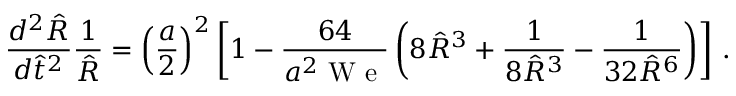
\frac { d ^ { 2 } \hat { R } } { d \hat { t } ^ { 2 } } \frac { 1 } { \hat { R } } = \left( \frac { a } { 2 } \right) ^ { 2 } \left[ 1 - \frac { 6 4 } { a ^ { 2 } \mathrm { ~ W ~ e ~ } } \left( 8 \hat { R } ^ { 3 } + \frac { 1 } { 8 \hat { R } ^ { 3 } } - \frac { 1 } { 3 2 \hat { R } ^ { 6 } } \right) \right] \, .